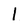
Character: l